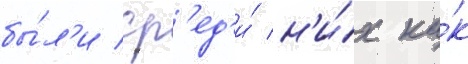
бы́л'и ср'ед'и́ н'и́х ка́к